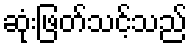
ဆုံးဖြတ်သင့်သည်